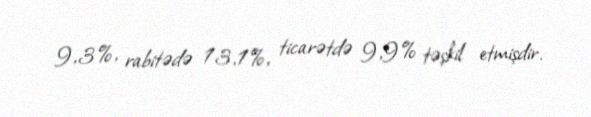
9,3%, rabitədə 13,1%, ticarətdə 9,9% təşkil etmişdir.